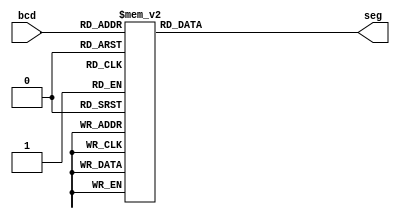
`timescale 1ns / 1ps

module bcd_7_seg(
  output reg [6:0] seg,
  input [3:0] bcd
);

  always @(*)
  begin
    case (bcd)
      4'b0000: seg = 7'b0000001;
      4'b0001: seg = 7'b1001111;
      4'b0010: seg = 7'b0010010;
      4'b0011: seg = 7'b0000110;
      4'b0100: seg = 7'b1001100;
      4'b0101: seg = 7'b0100100;
      4'b0110: seg = 7'b0100000;
      4'b0111: seg = 7'b0001111;
	  4'b1000: seg = 7'b0000000;
	  4'b1001: seg = 7'b0000100;
      default: seg = 7'bxxxxxxx;
    endcase
  end
endmodule